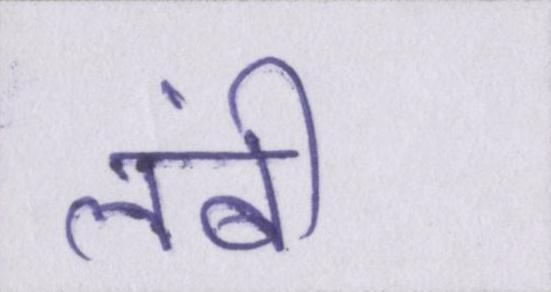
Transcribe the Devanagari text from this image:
लंबी